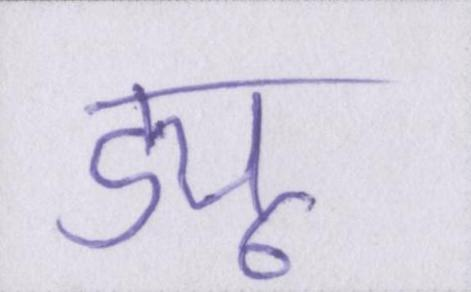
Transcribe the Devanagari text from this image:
ड्यू